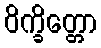
ဝိက္ခိတ္တော